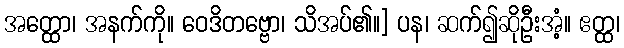
အတ္ထော၊ အနက်ကို။ ဝေဒိတဗ္ဗော၊ သိအပ်၏။] ပန၊ ဆက်၍ဆိုဦးအံ့။ ဧတ္ထ၊